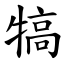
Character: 犒